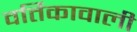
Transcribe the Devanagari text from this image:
वर्तिकावाली